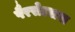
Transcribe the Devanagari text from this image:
पैरसेल्सस